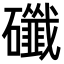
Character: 䃸